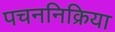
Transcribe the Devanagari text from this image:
पचननिक्रिया